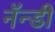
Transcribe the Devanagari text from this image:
नॅन्डी